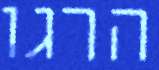
הרגו